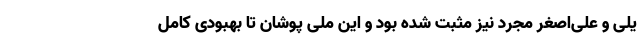
یلی و علی‌اصغر مجرد نیز مثبت شده بود و این ملی پوشان تا بهبودی کامل